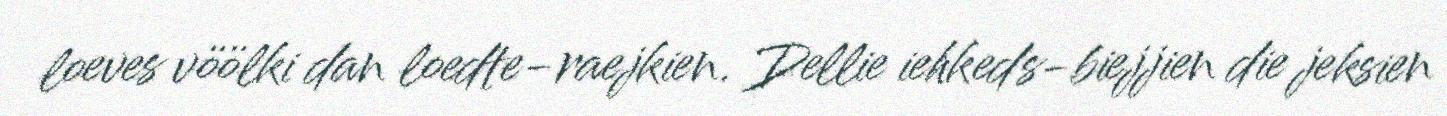
loeves vöölki dan loedte-raejkien. Dellie iehkeds-biejjien die jeksien